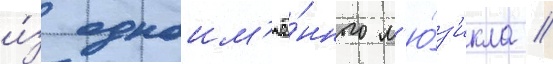
и́з одноим'ё́нного м'ю́з'икла //